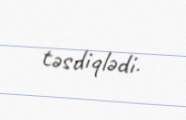
təsdiqlədi.